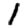
Digit: 1